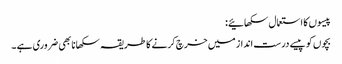
پیسوں کا استعمال سکھائیے:
بچوں کو پیسے درست انداز میں خرچ کرنے کا طریقہ سکھانا بھی ضروری ہے ۔